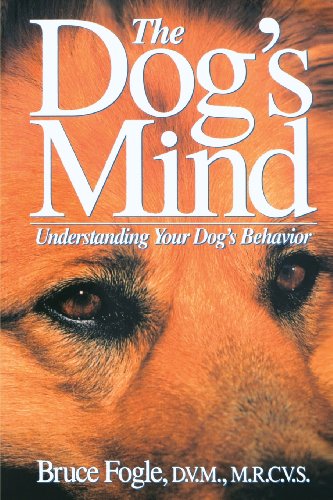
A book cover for The Dog's Mind: Understanding Your Dog's Behavior (Howell reference books); Bruce Fogle; Medical Books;